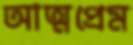
আত্মপ্রেম